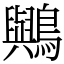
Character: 𪇬